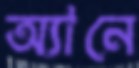
অ্যানে